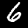
Digit: 6